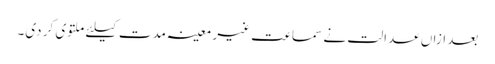
بعد ازاں عدالت نے سماعت غیر معینہ مدت کیلئے ملتوی کر دی۔